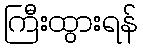
ကြီးထွားရန်